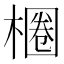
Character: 𣙢